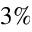
3 \%